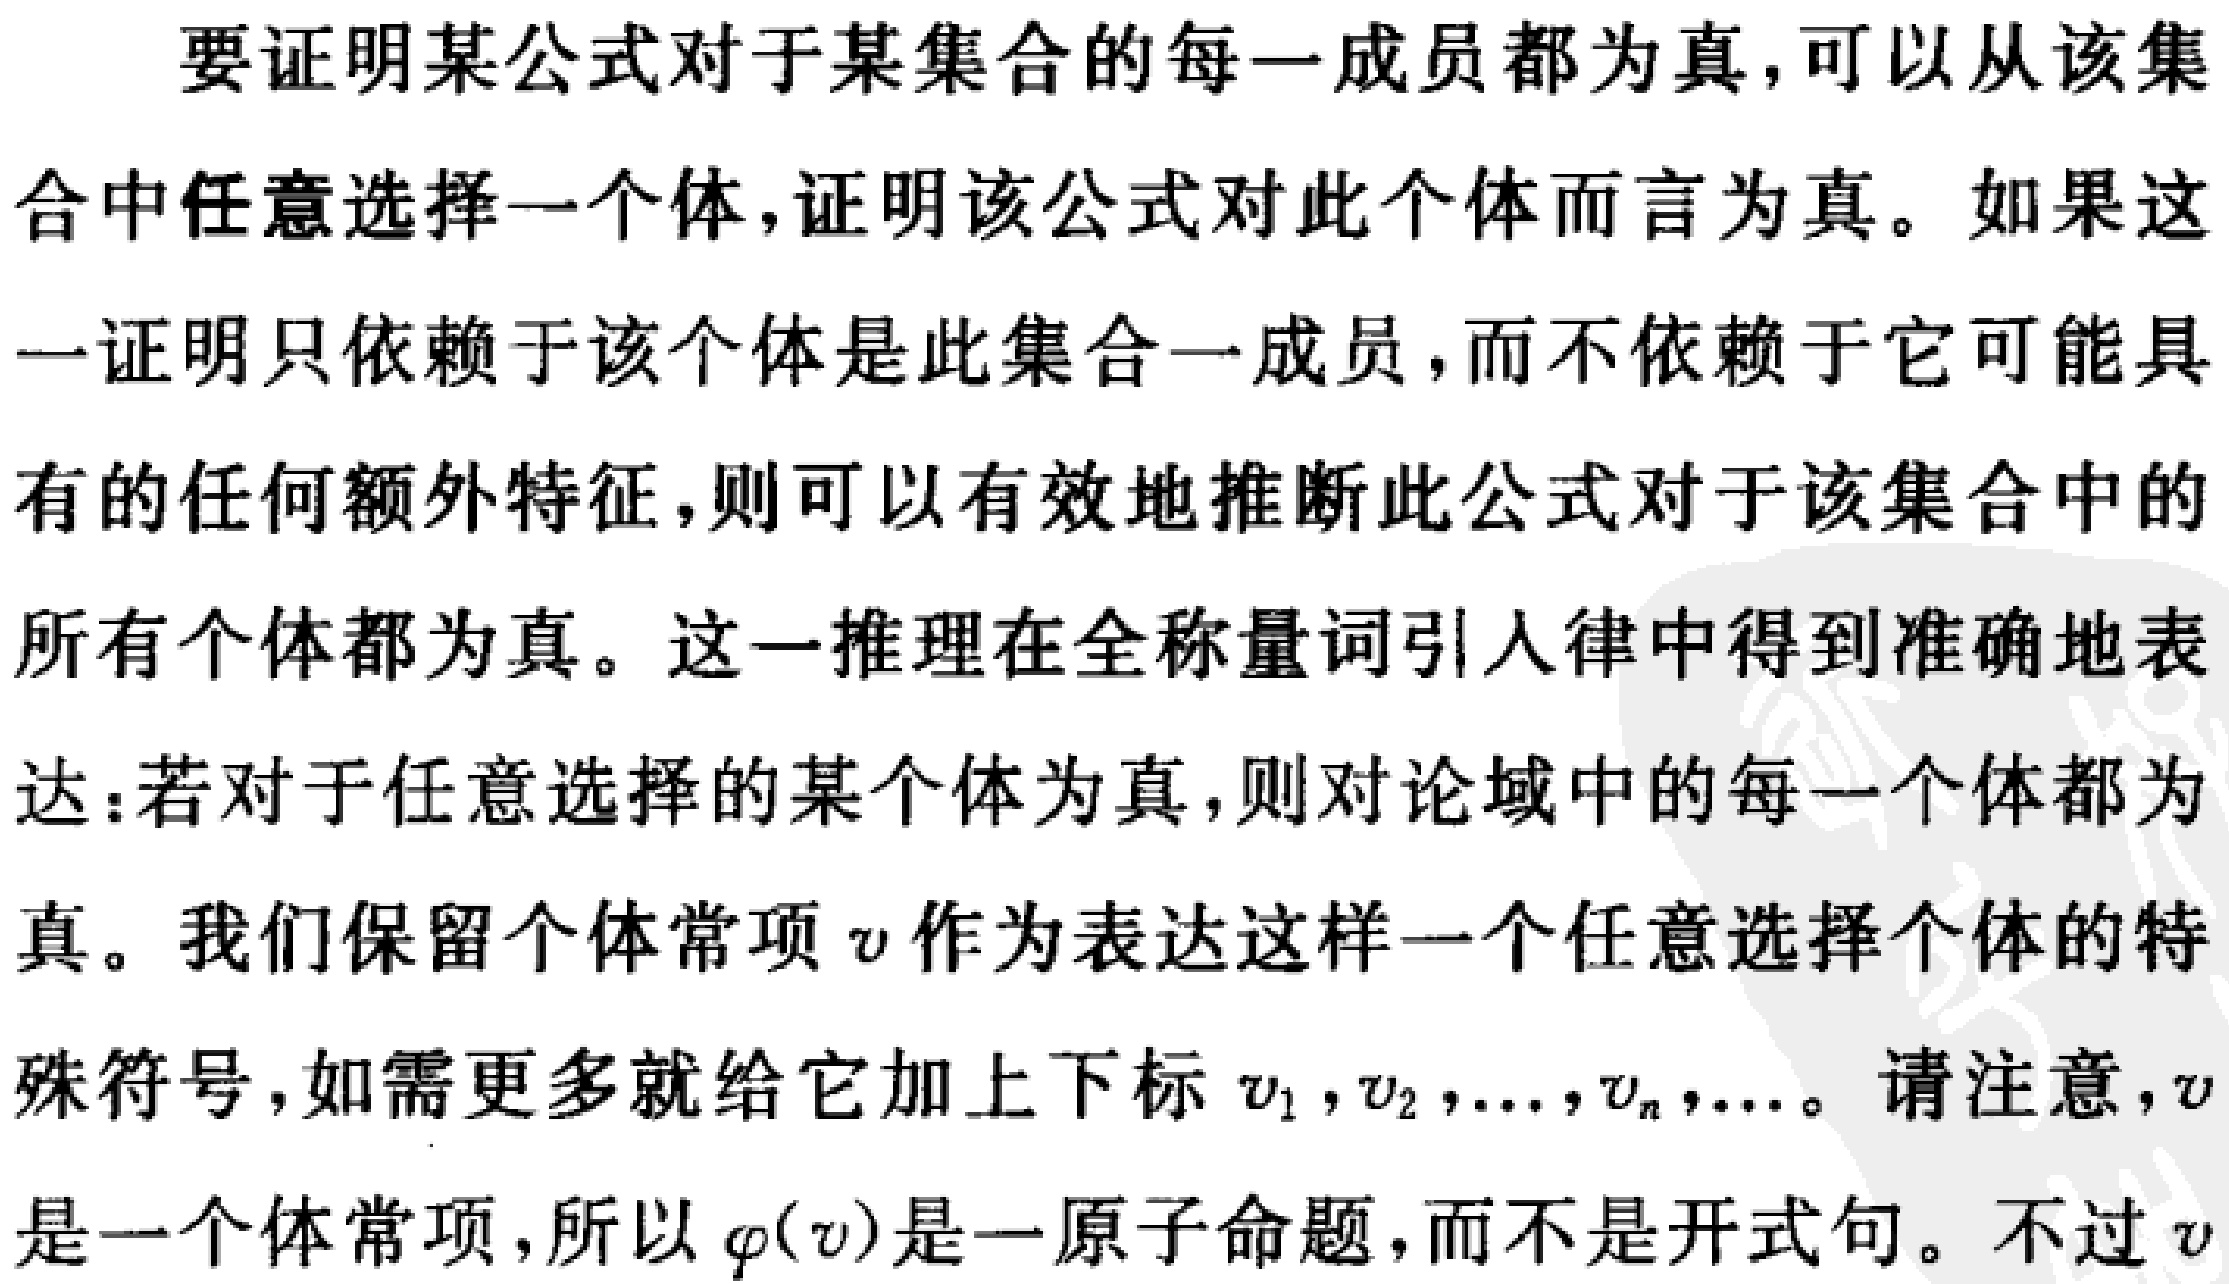
要证明某公式对于某集合的每一成员都为真，可以从该集合中任意选择一个体，证明该公式对此个体而言为真。如果这一证明只依赖于该个体是此集合一成员，而不依赖于它可能具有的任何额外特征，则可以有效地推断此公式对于该集合中的所有个体都为真。这一推理在全称量词引人律中得到准确地表达：若对于任意选择的某个体为真，则对论域中的每一个体都为真。我们保留个体常项\(v\)作为表达这样一个任意选择个体的特殊符号，如需更多就给它加上下标\(v_1,v_2,\ldots,v_n,\ldots\)。请注意，\(v\)是一个体常项，所以\(\varphi(v)\)是一原子命题，而不是开式句。不过\(v\)